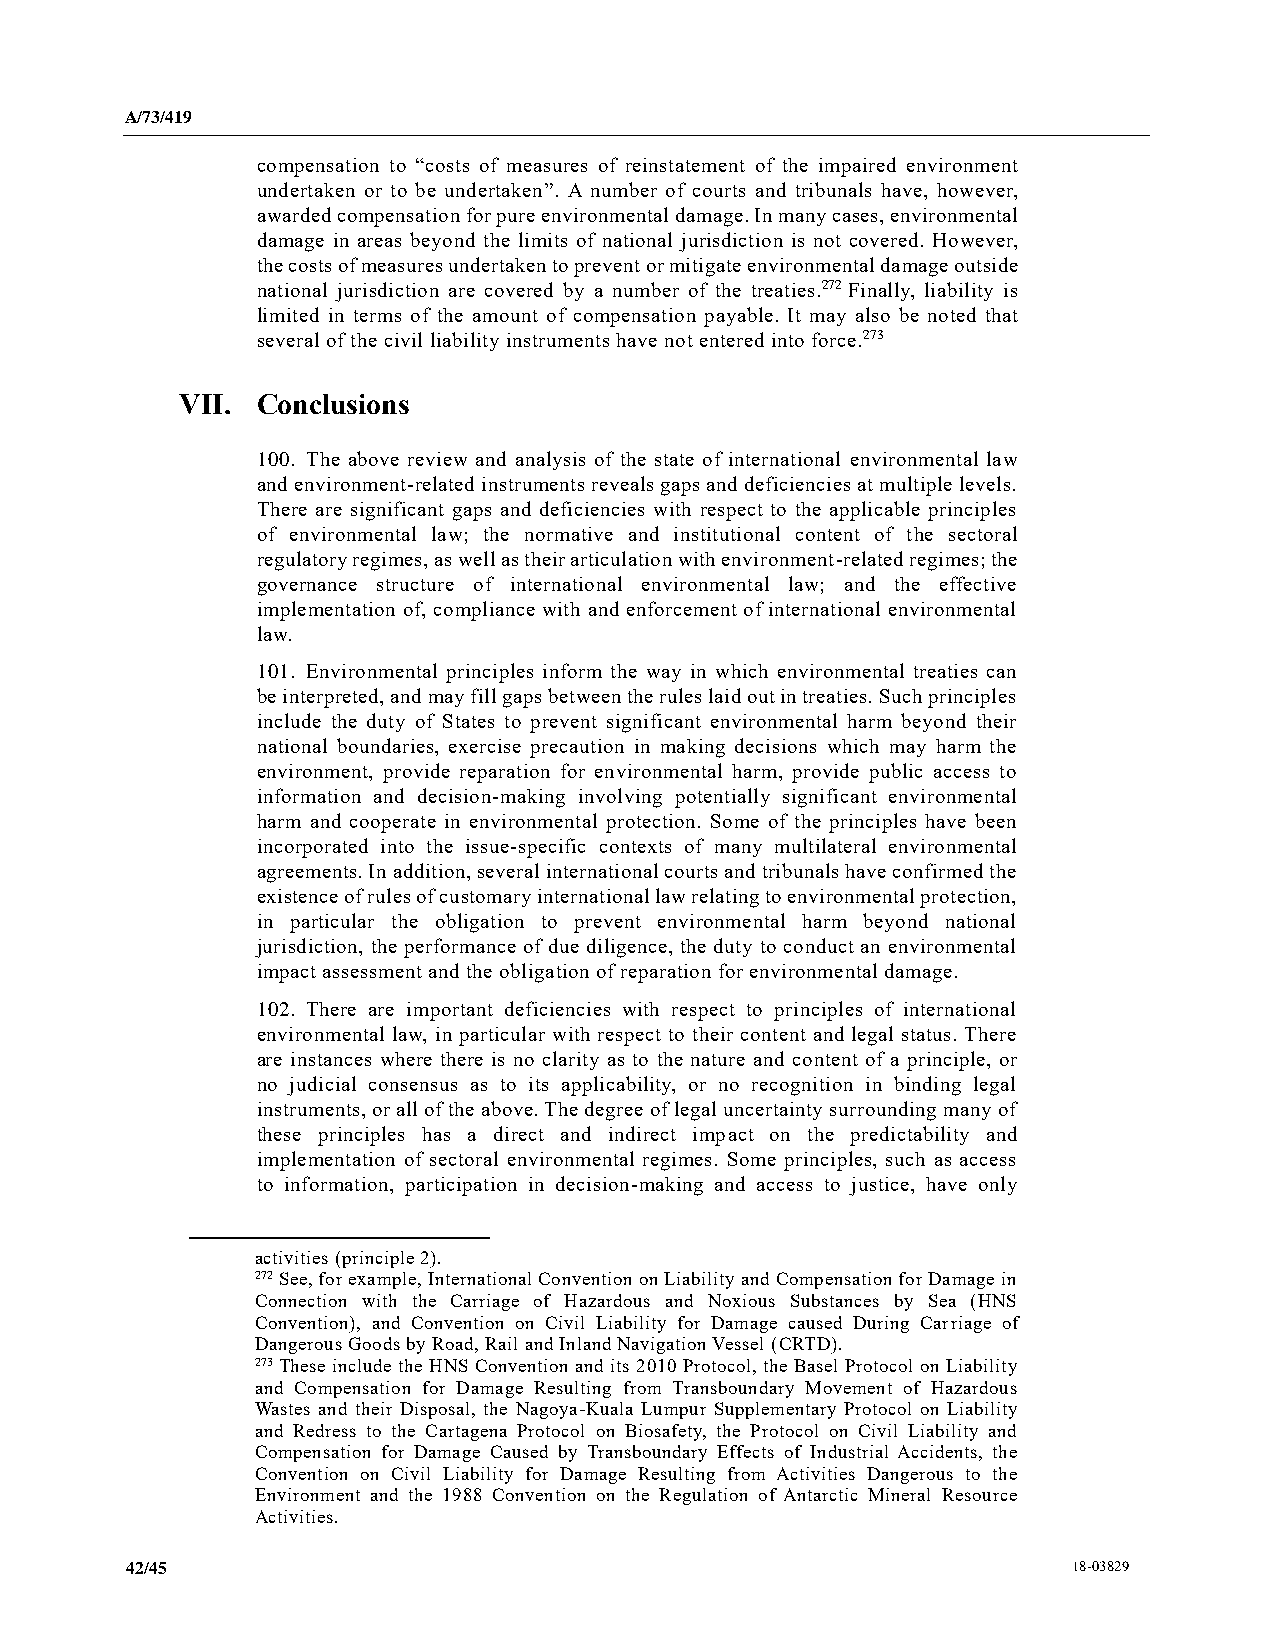
A/73/419
 compensation to “costs of measures of reinstatement of the impaired environment
 undertaken or to be undertaken”. A number of courts and tribunals have, however,
 awarded compensation for pure environmental damage. In many cases, environmental
 damage in areas beyond the limits of national jurisdiction is not covered. However,
 the costs of measures undertaken to prevent or mitigate environmental damage outside
 national jurisdiction are covered by a number of the treaties.272 Finally, liability is
 limited in terms of the amount of compensation payable. It may also be noted that
 several of the civil liability instruments have not entered into force.273
 VII. Conclusions
 100. The above review and analysis of the state of international environmental law
 and environment-related instruments reveals gaps and deficiencies at multiple levels.
 There are significant gaps and deficiencies with respect to the applicable principles
 of environmental law; the normative and institutional content of the sectoral
 regulatory regimes, as well as their articulation with environment-related regimes; the
 governance structure of international environmental law; and the effective
 implementation of, compliance with and enforcement of international environmental
 law.
 101. Environmental principles inform the way in which environmental treaties can
 be interpreted, and may fill gaps between the rules laid out in treaties. Such principles
 include the duty of States to prevent significant environmental harm beyond their
 national boundaries, exercise precaution in making decisions which may harm the
 environment, provide reparation for environmental harm, provide public access to
 information and decision-making involving potentially significant environmental
 harm and cooperate in environmental protection. Some of the principles have been
 incorporated into the issue-specific contexts of many multilateral environmental
 agreements. In addition, several international courts and tribunals have confirmed the
 existence of rules of customary international law relating to environmental protection,
 in particular the obligation to prevent environmental harm beyond national
 jurisdiction, the performance of due diligence, the duty to conduct an environmental
 impact assessment and the obligation of reparation for environmental damage.
 102. There are important deficiencies with respect to principles of international
 environmental law, in particular with respect to their content and legal status. There
 are instances where there is no clarity as to the nature and content of a principle, or
 no judicial consensus as to its applicability, or no recognition in binding legal
 instruments, or all of the above. The degree of legal uncertainty surrounding many of
 these principles has a direct and indirect impact on the predictability and
 implementation of sectoral environmental regimes. Some principles, such as access
 to information, participation in decision-making and access to justice, have only
 activities (principle 2).
 272 See, for example, International Convention on Liability and Compensation for Damage in
 Connection with the Carriage of Hazardous and Noxious Substances by Sea (HNS
 Convention), and Convention on Civil Liability for Damage caused During Carriage of
 Dangerous Goods by Road, Rail and Inland Navigation Vessel (CRTD).
 273 These include the HNS Convention and its 2010 Protocol, the Basel Protocol on Liability
 and Compensation for Damage Resulting from Transboundary Movement of Hazardous
 Wastes and their Disposal, the Nagoya-Kuala Lumpur Supplementary Protocol on Liability
 and Redress to the Cartagena Protocol on Biosafety, the Protocol on Civil Liability and
 Compensation for Damage Caused by Transboundary Effects of Industrial Accidents, the
 Convention on Civil Liability for Damage Resulting from Activities Dangerous to the
 Environment and the 1988 Convention on the Regulation of Antarctic Mineral Resource
 Activities.
 42/45                                                          18-03829